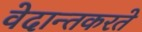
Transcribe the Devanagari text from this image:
वेदान्तकरते